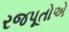
રજપૂતોએ